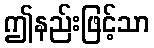
ဤနည်းဖြင့်သာ